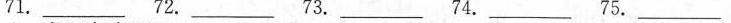
71.___ 72.___ 73.___ 74.___ 75.___